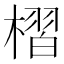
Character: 槢